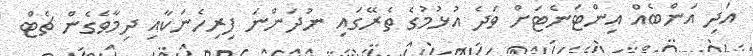
އަދި އަންބެއް އިންޓަނެޓަށް ވަދެ އުޅުމުގެ ތެރޭގައި ނުދަންނަ ފިރިހެނަކާއި ދިމާވެގެން ޗެޓް